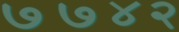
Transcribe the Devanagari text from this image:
७७४२